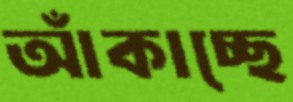
আঁকাচ্ছে